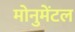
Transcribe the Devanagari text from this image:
मोनुमेंटल